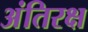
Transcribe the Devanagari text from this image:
अंतिरक्ष